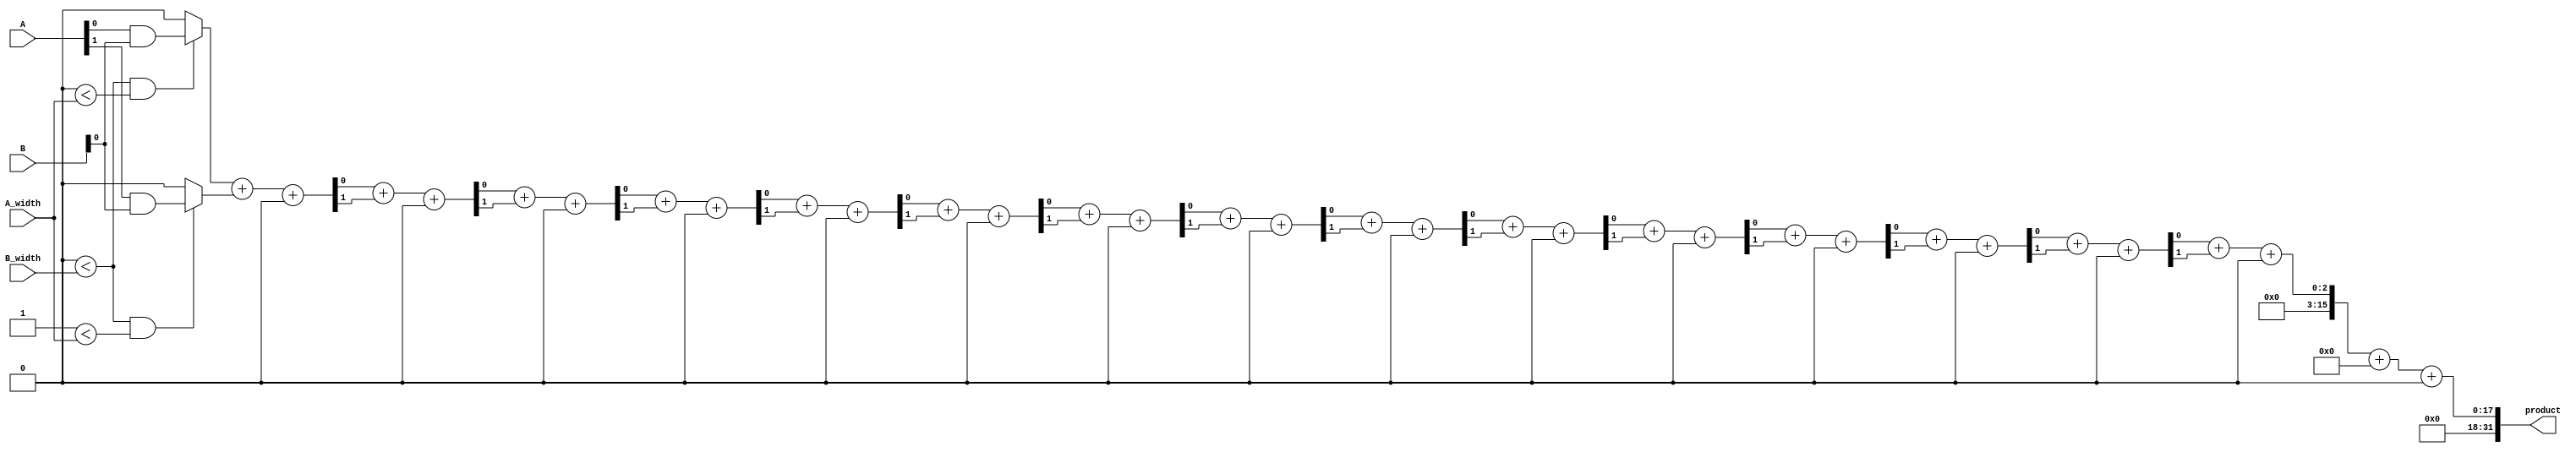
module WallaceTreeMultiplier #(parameter MAX_WIDTH = 16) (
    input [MAX_WIDTH-1:0] A,
    input [MAX_WIDTH-1:0] B,
    input [4:0] A_width, // Width of A
    input [4:0] B_width, // Width of B
    output reg [2*MAX_WIDTH-1:0] product
);

    // Internal signals
    wire [MAX_WIDTH-1:0] partial_products[MAX_WIDTH-1:0];
    wire [2*MAX_WIDTH-1:0] sum;
    wire [2*MAX_WIDTH-1:0] carry;

    // Generate partial products
    genvar i, j;
    generate
        for (i = 0; i < MAX_WIDTH; i = i + 1) begin : pp_gen
            for (j = 0; j < MAX_WIDTH; j = j + 1) begin : pp_bit
                assign partial_products[i][j] = (i < B_width && j < A_width) ? (A[j] & B[i]) : 1'b0;
            end
        end
    endgenerate

    // Wallace Tree Reduction
    wire [MAX_WIDTH-1:0] sum_stage[MAX_WIDTH-1:0];
    wire [MAX_WIDTH-1:0] carry_stage[MAX_WIDTH-1:0];

    // Initial stage: direct assignment of partial products
    assign sum_stage[0] = partial_products[0];
    assign carry_stage[0] = 0;

    // Reduction stages
    genvar k;
    for (k = 0; k < MAX_WIDTH; k = k + 1) begin : reduction
        if (k < MAX_WIDTH-1) begin
            // Half Adder for the first two bits
            assign {carry_stage[k+1], sum_stage[k+1]} = sum_stage[k][0] + sum_stage[k][1] + carry_stage[k];
        end
    end

    // Final sum and carry
    assign {carry, sum} = sum_stage[MAX_WIDTH-1] + carry_stage[MAX_WIDTH-1];

    // Final product assignment
    always @(*) begin
        product = sum + carry;
    end

endmodule